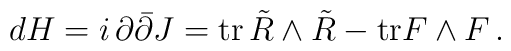
dH = i \, \partial \bar \partial J = \hbox{tr} \, \tilde R \wedge \tilde R - \hbox{tr} F \wedge F\,.